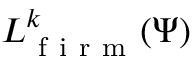
{ L } _ { \mathrm { ~ f ~ i ~ r ~ m ~ } } ^ { k } ( \Psi )